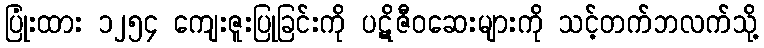
ပြုံးထား ၁၂၅၄ ကျေးဇူးပြုခြင်းကို ပဋိဇီဝဆေးများကို သင့်တက်ဘလက်သို့